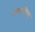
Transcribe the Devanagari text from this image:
आचारसिन्धु